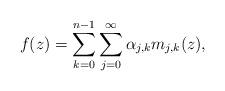
LaTeX: \begin{align*}f(z)=\sum_{k=0}^{n-1}\sum_{j=0}^\infty\alpha_{j,k} m_{j,k}(z),\end{align*}